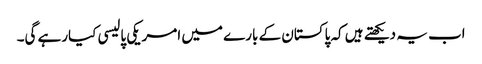
اب یہ دیکھتے ہیں کہ پاکستان کے بارے میں امریکی پالیسی کیارہے گی۔